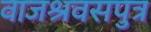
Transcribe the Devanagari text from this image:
वाजश्रवसपुत्र